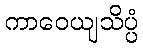
ကာဝေယျသိပ္ပံ